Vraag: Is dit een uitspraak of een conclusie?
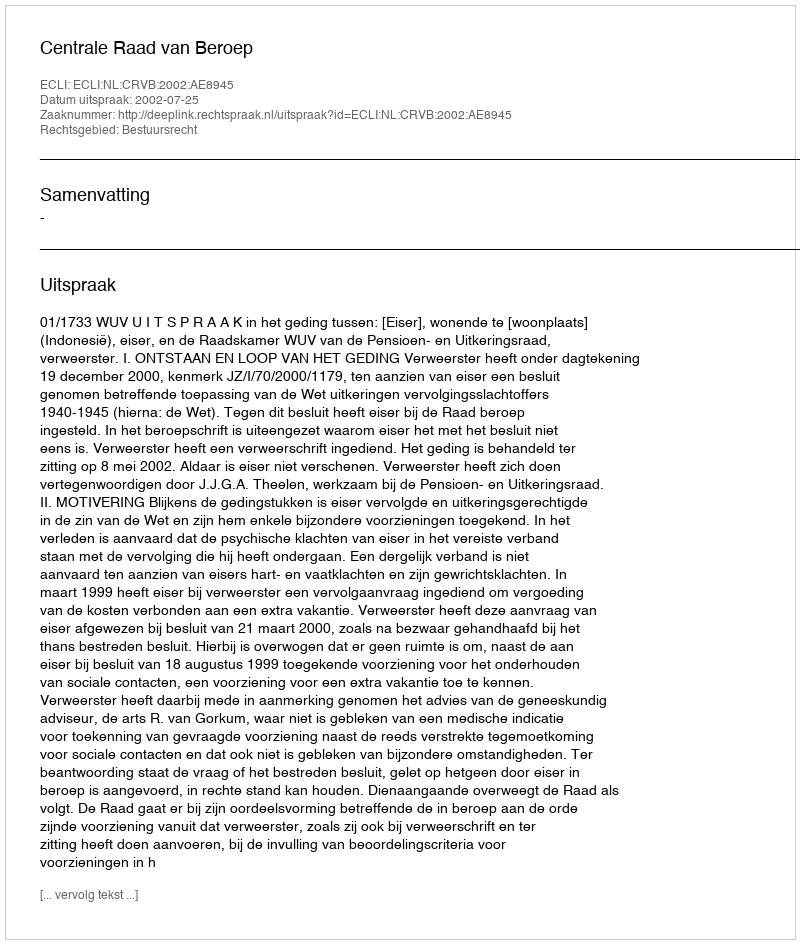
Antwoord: Uitspraak